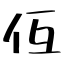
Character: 仾